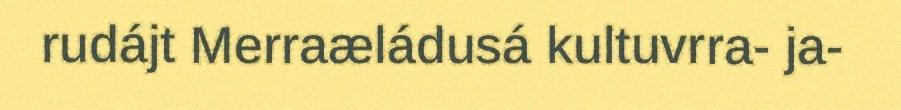
rudájt Merraæládusá kultuvrra- ja-